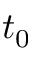
t _ { 0 }